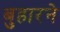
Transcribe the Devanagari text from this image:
बुहारने